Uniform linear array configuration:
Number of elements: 16
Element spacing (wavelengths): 1
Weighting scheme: kaiser
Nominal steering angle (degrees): -45
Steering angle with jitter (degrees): -44.707
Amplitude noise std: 0.05
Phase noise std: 0.05

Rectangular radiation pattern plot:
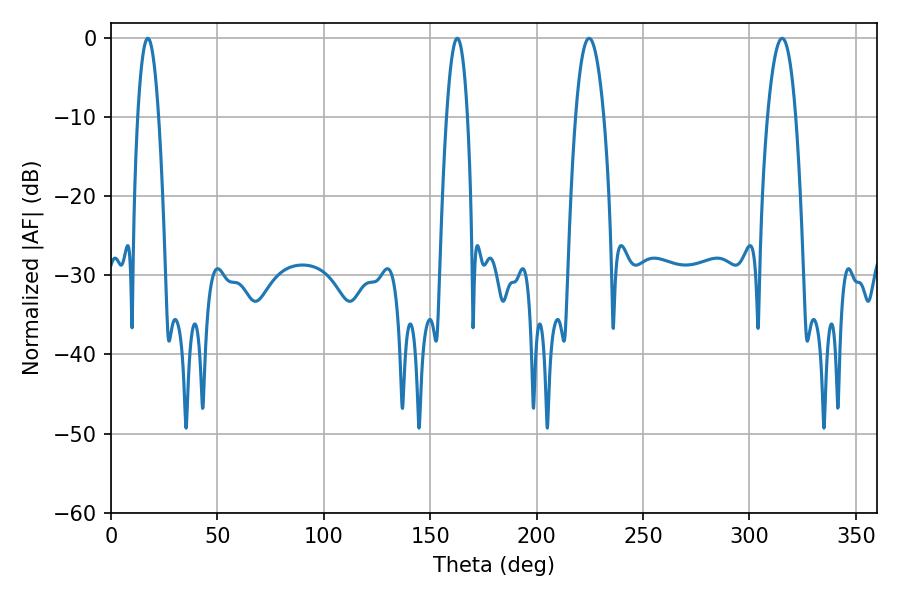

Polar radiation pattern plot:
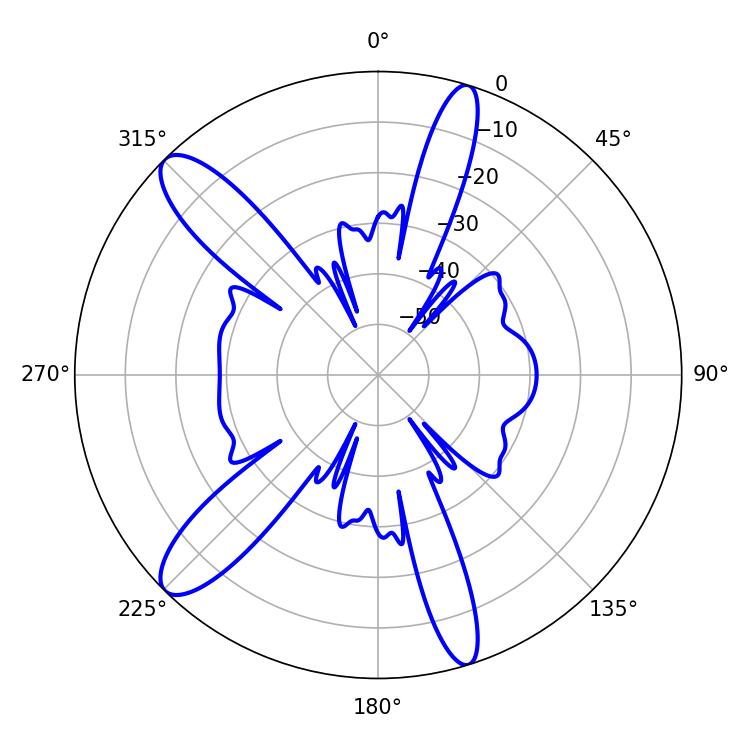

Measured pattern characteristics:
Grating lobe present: TRUE
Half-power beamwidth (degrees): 7.38
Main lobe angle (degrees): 315.36